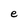
Character: e